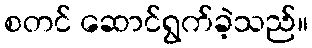
စတင် ဆောင်ရွက်ခဲ့သည်။